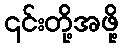
၎င်းတို့အဖို့